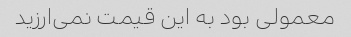
معمولی بود به این قیمت نمی‌ارزید